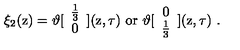
\xi _ { 2 } ( \mathrm { z } ) = \vartheta [ \begin{array} { c } { \frac { 1 } { 3 } } \\ { 0 } \\ \end{array} ] ( \mathrm { z } , \tau ) \ \mathrm { o r \ } \vartheta [ \begin{array} { c } { 0 } \\ { \frac { 1 } { 3 } } \\ \end{array} ] ( \mathrm { z } , \tau ) \ .